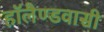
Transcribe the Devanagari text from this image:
हॉलैण्डवासी